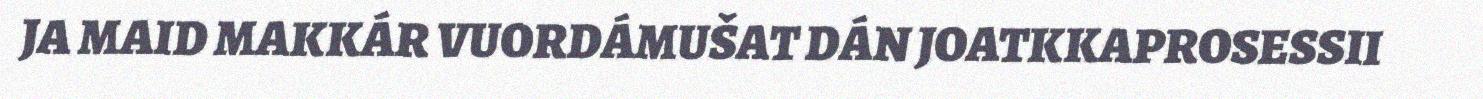
JA MAID MAKKÁR VUORDÁMUŠAT DÁN JOATKKAPROSESSII